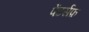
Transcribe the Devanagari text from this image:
पेंटर्सफ़